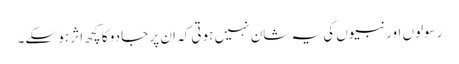
رسولوں اور نبیوں کی یہ شان نہیں ہوتی کہ ان پر جادو کا کچھ اثر ہو سکے۔